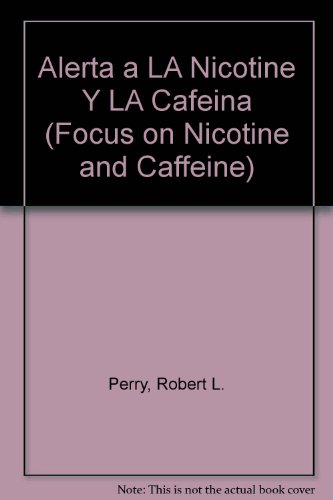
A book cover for Alerta a LA Nicotine Y LA Cafeina (Focus on Nicotine and Caffeine) (Spanish Edition); Robert L. Perry; Health, Fitness & Dieting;